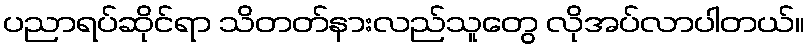
ပညာရပ်ဆိုင်ရာ သိတတ်နားလည်သူတွေ လိုအပ်လာပါတယ်။